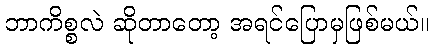
ဘာကိစ္စလဲ ဆိုတာတော့ အရင်ပြောမှဖြစ်မယ်။